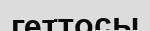
геттосы